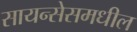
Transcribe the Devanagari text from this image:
सायन्सेसमधील